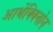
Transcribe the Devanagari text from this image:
आर्थेक्विनोन